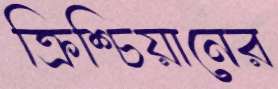
ক্রিশ্চিয়ানের